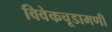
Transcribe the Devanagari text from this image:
विवेकचूडामणी